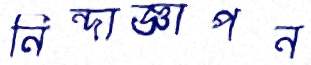
নিন্দাজ্ঞাপন